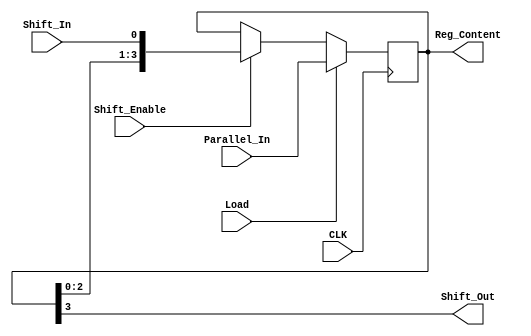
// Design a 4-bit Left Shift Register

`timescale 1ns / 1ps

module shift_register(input CLK, input [3:0] Parallel_In, input Load, input Shift_Enable, input Shift_In, output [3:0] Reg_Content, output Shift_Out);

reg [3:0] temp;

always @(posedge CLK)
    if (Load)
        begin
            temp <= Parallel_In;
        end
    else if (Shift_Enable)
        begin
            temp <= {Reg_Content[2:0], Shift_In};
        end
    assign Shift_Out = temp[3];
    assign Reg_Content = temp;
        
            
endmodule